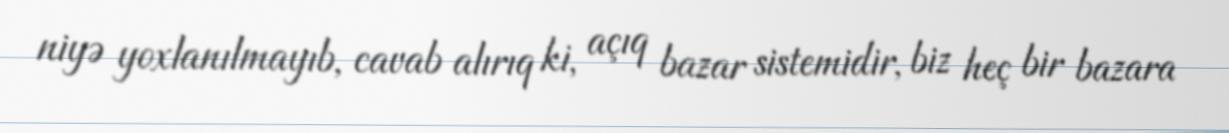
niyə yoxlanılmayıb, cavab alırıq ki, açıq bazar sistemidir, biz heç bir bazara